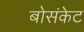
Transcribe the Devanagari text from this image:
बोसंकेट